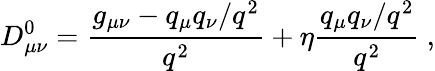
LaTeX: D_{\mu\nu}^{0}={\frac{g_{\mu\nu}-q_{\mu}q_{\nu}/q^{2}}{q^{2}}}+\eta{\frac{q_{\mu}q_{\nu}/q^{2}}{q^{2}}}\ ,